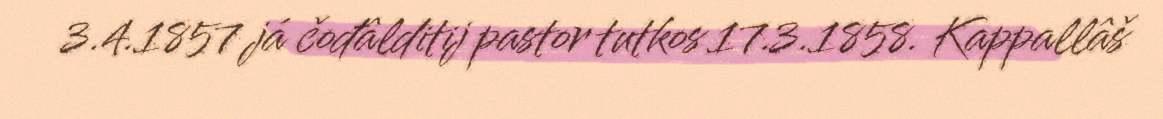
3.4.1857 já čođâlditij pastor tutkos 17.3.1858. Kappallâš